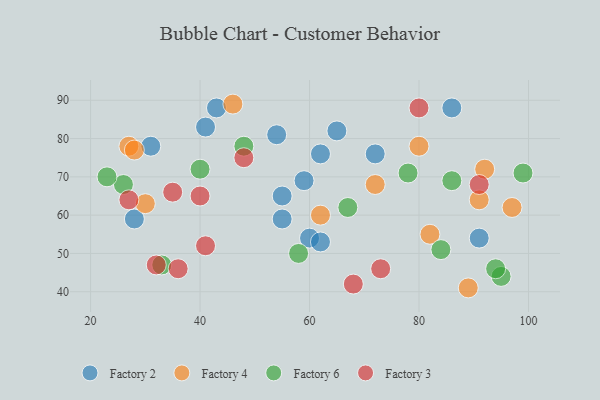
{"axis": {"x": "GDP", "y": "Life Expectancy"}, "legend": ["Factory 2", "Factory 3", "Factory 4", "Factory 6"], "data": [{"x": "60", "y": 54, "type": "Factory 2"}, {"x": "28", "y": 59, "type": "Factory 2"}, {"x": "54", "y": 81, "type": "Factory 2"}, {"x": "59", "y": 69, "type": "Factory 2"}, {"x": "72", "y": 76, "type": "Factory 2"}, {"x": "43", "y": 88, "type": "Factory 2"}, {"x": "62", "y": 53, "type": "Factory 2"}, {"x": "62", "y": 76, "type": "Factory 2"}, {"x": "65", "y": 82, "type": "Factory 2"}, {"x": "55", "y": 65, "type": "Factory 2"}, {"x": "41", "y": 83, "type": "Factory 2"}, {"x": "86", "y": 88, "type": "Factory 2"}, {"x": "91", "y": 54, "type": "Factory 2"}, {"x": "31", "y": 78, "type": "Factory 2"}, {"x": "55", "y": 59, "type": "Factory 2"}, {"x": "92", "y": 72, "type": "Factory 4"}, {"x": "72", "y": 68, "type": "Factory 4"}, {"x": "27", "y": 78, "type": "Factory 4"}, {"x": "82", "y": 55, "type": "Factory 4"}, {"x": "91", "y": 64, "type": "Factory 4"}, {"x": "28", "y": 77, "type": "Factory 4"}, {"x": "46", "y": 89, "type": "Factory 4"}, {"x": "62", "y": 60, "type": "Factory 4"}, {"x": "80", "y": 78, "type": "Factory 4"}, {"x": "97", "y": 62, "type": "Factory 4"}, {"x": "89", "y": 41, "type": "Factory 4"}, {"x": "30", "y": 63, "type": "Factory 4"}, {"x": "78", "y": 71, "type": "Factory 6"}, {"x": "95", "y": 44, "type": "Factory 6"}, {"x": "40", "y": 72, "type": "Factory 6"}, {"x": "33", "y": 47, "type": "Factory 6"}, {"x": "26", "y": 68, "type": "Factory 6"}, {"x": "99", "y": 71, "type": "Factory 6"}, {"x": "58", "y": 50, "type": "Factory 6"}, {"x": "67", "y": 62, "type": "Factory 6"}, {"x": "23", "y": 70, "type": "Factory 6"}, {"x": "94", "y": 46, "type": "Factory 6"}, {"x": "84", "y": 51, "type": "Factory 6"}, {"x": "48", "y": 78, "type": "Factory 6"}, {"x": "86", "y": 69, "type": "Factory 6"}, {"x": "48", "y": 75, "type": "Factory 3"}, {"x": "41", "y": 52, "type": "Factory 3"}, {"x": "35", "y": 66, "type": "Factory 3"}, {"x": "36", "y": 46, "type": "Factory 3"}, {"x": "27", "y": 64, "type": "Factory 3"}, {"x": "91", "y": 68, "type": "Factory 3"}, {"x": "40", "y": 65, "type": "Factory 3"}, {"x": "80", "y": 88, "type": "Factory 3"}, {"x": "32", "y": 47, "type": "Factory 3"}, {"x": "68", "y": 42, "type": "Factory 3"}, {"x": "73", "y": 46, "type": "Factory 3"}]}